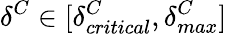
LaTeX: \delta^{C}\in[\delta_{critical}^{C},\delta_{max}^{C}]